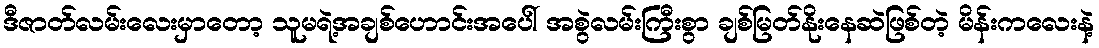
ဒီဇာတ်လမ်းလေးမှာတော့ သူမရဲ့အချစ်ဟောင်းအပေါ် အစွဲလမ်းကြီးစွာ ချစ်မြတ်နိုးနေဆဲဖြစ်တဲ့ မိန်းကလေးနဲ့